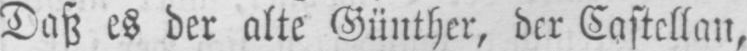
Daß es der alte Günther, der Castellan,